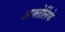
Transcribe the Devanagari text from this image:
अफ्तेर्लिफे